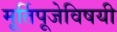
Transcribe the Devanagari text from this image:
मूर्तिपूजेविषयी